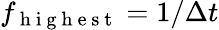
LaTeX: f_{\mathrm{~h~i~g~h~e~s~t~}}=1/\Delta t